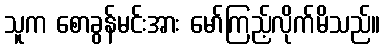
သူက စောခွန်မင်းအား မော်ကြည့်လိုက်မိသည်။